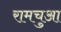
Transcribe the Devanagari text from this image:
रामचुआ